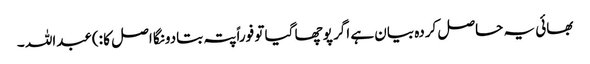
بھائی یہ حاصل کردہ بیان ہے اگر پوچھا گیا تو فوراً پتہ بتادونگا اصل کا :)عبداللہ ۔